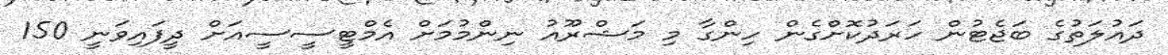
ދައުލަތުގެ ބަޖެޓުން ހަރަދުކޮށްގެން ހިންގާ މި މަޝްރޫއު ނިންމުމަށް އެމްޓީސީސީއަށް ދީފައިވަނީ 150